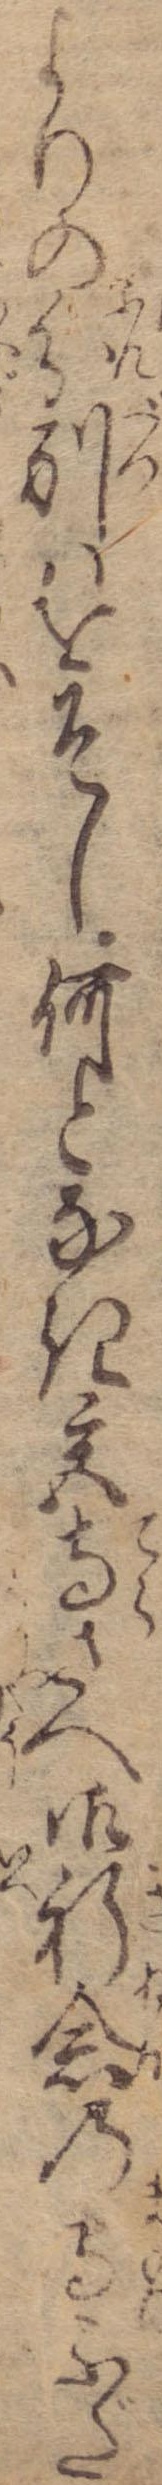
よりの分別はをそし何となき宮寺さへ御祈念の守ふだ